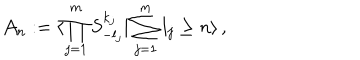
LaTeX: { \cal A } _ { n } : = \langle \prod _ { j = 1 } ^ { m } S _ { - l _ { j } } ^ { k _ { j } } | \sum _ { j = 1 } ^ { m } l _ { j } \geq n \rangle \, ,